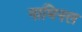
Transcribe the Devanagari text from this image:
नामिनल